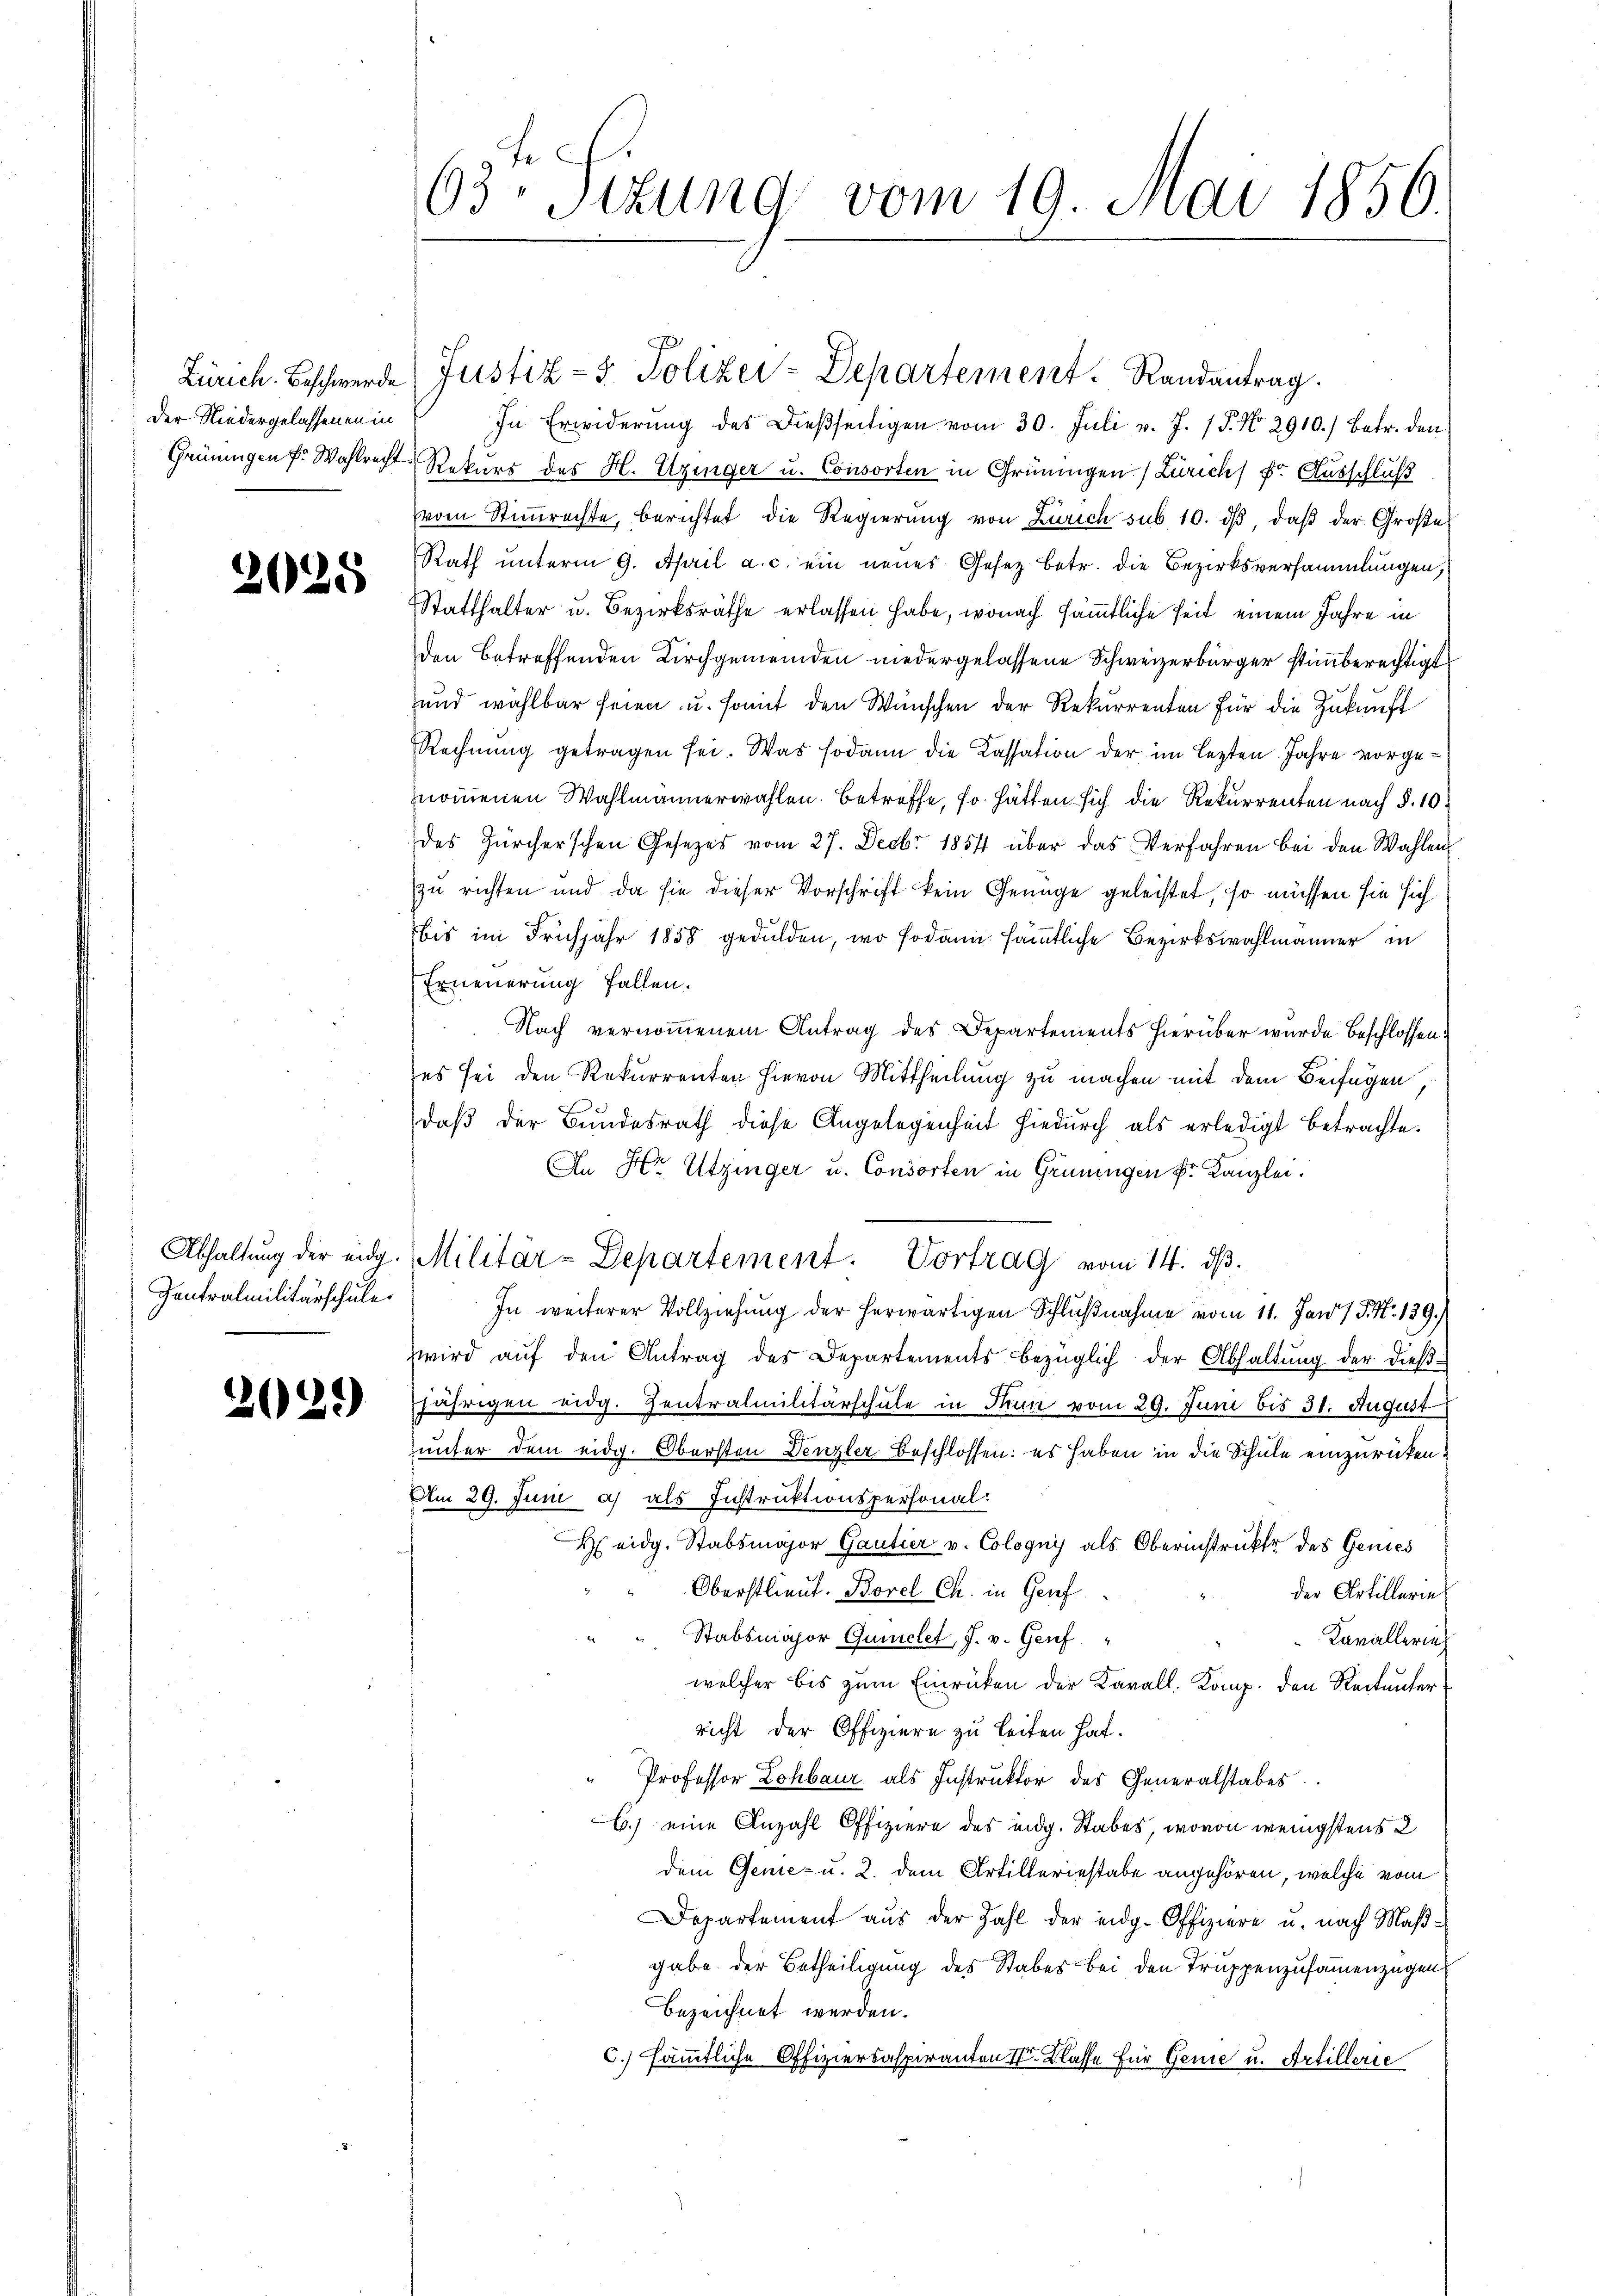
Der Niedergelassenen in
Grüningen fr. Wahlrecht

2028

Zentralmilitärschule

229)

63ten Sitzung vom 19. Mai 1856.

In Erwiderŭng des Dieβseitigen vom 30. Juli v. J. 17. No. 2910.) betr. den
7. Rekurs des H. Uzinger u. Consorten in Grüningen Zürichs Dr. Ausschluß
vom Stimmrechte, berichtet die Regierŭng von Zürich sub 10. dβ, daβ der Groβe
Rath unterm 9. April a. c. ein neues Gesetz betr. die Bezirksversammlungen,
Statthalter u. Bezirksräthe erlassen habe, wonach sämmtliche Zeit einem Jahre in
den betreffenden Kirchgemeinden niedergelassene Schweizerbürger stimmberechtigt
und wählbar seien u. somit den Wünschen der Rekurrenten für die Zukunft
Rechnŭng getragen sei. Was sodann die Kassation der im lezten Jahre vorgenommenen Wahlmännerwahlen. Betreffe, so hätten sich die Rekurrenten nach §. 10.
des Zürcherschen Gesetzes vom 27. Decbr 1854 über das Verfahren bei den Wahlen
zu richten und da sie dieser Vorschrift kein Genüge geleistet, so müssen sie sich
bis im Frühjahr 1858 gedulden, wo sodann sämmtliche Bezirkswahlmänner in
Erneuerung fallen.
Nach vernommenem Antrag des Departements hierüber wurde beschlossen:
es sei den Rekurrenten hievon Mittheilung zu machen mit dem Beifügen,
daß der Bundesrath diese Angelegenheit hiedurch als erledigt betrachte.
An Hr Utzinger u. Consorten in Grüningen Dr. Kanzlei:
Abhaltŭng der eidg. Militär-Departement. Vortrag vom 14. dβ.
In weiterer Vollziehung der herwärtigen Schlußnahme vom 11. Jan 1 S. N. 139./
zwird aŭf den Antrag des Departements bezüglich der Abhaltŭng der dießjährigen eidg. Zentralmilitärschule in Thun vom 29. Juni bis 31. August
unter dem eidg. Obersten Denzler Beschlossen: es haben in die Schule einzurücken.
Am 29. Juni a) als Instruktionspersonal
H eidg. Stabsmajor Gautier v. Cologni als Oberinstrukte des Genies
Oberstlieut. Borel Ch. in Genf
der Artillerie
Stabsmajor Quinclet, J. v. Genf
Kavallerie
welcher bis zum Einrücken der Karall. Komp. den Reitunterricht der Offiziere zu leiten hat.
" Professor Lohbaur als Instruktor des Generalstabes
6.) eine Anzahl Offiziere des eidg. Stabes, wovon wenigstens 2
dem Genie- u. 2. dem Artilleriestabe angehören, welche vom
Departement aus der Zahl der eidg. Offiziere u. nach Maßgabe der Betheiligung des Stabes bei den Truppenzusammenzügen
bezeichnet werden.
C.) sämmtliche Offiziersaspiranten I Klasse für Genie u. Artillerie

Zürich. Beschwerde Justiz- & Polizei-Departement. Randantrag.